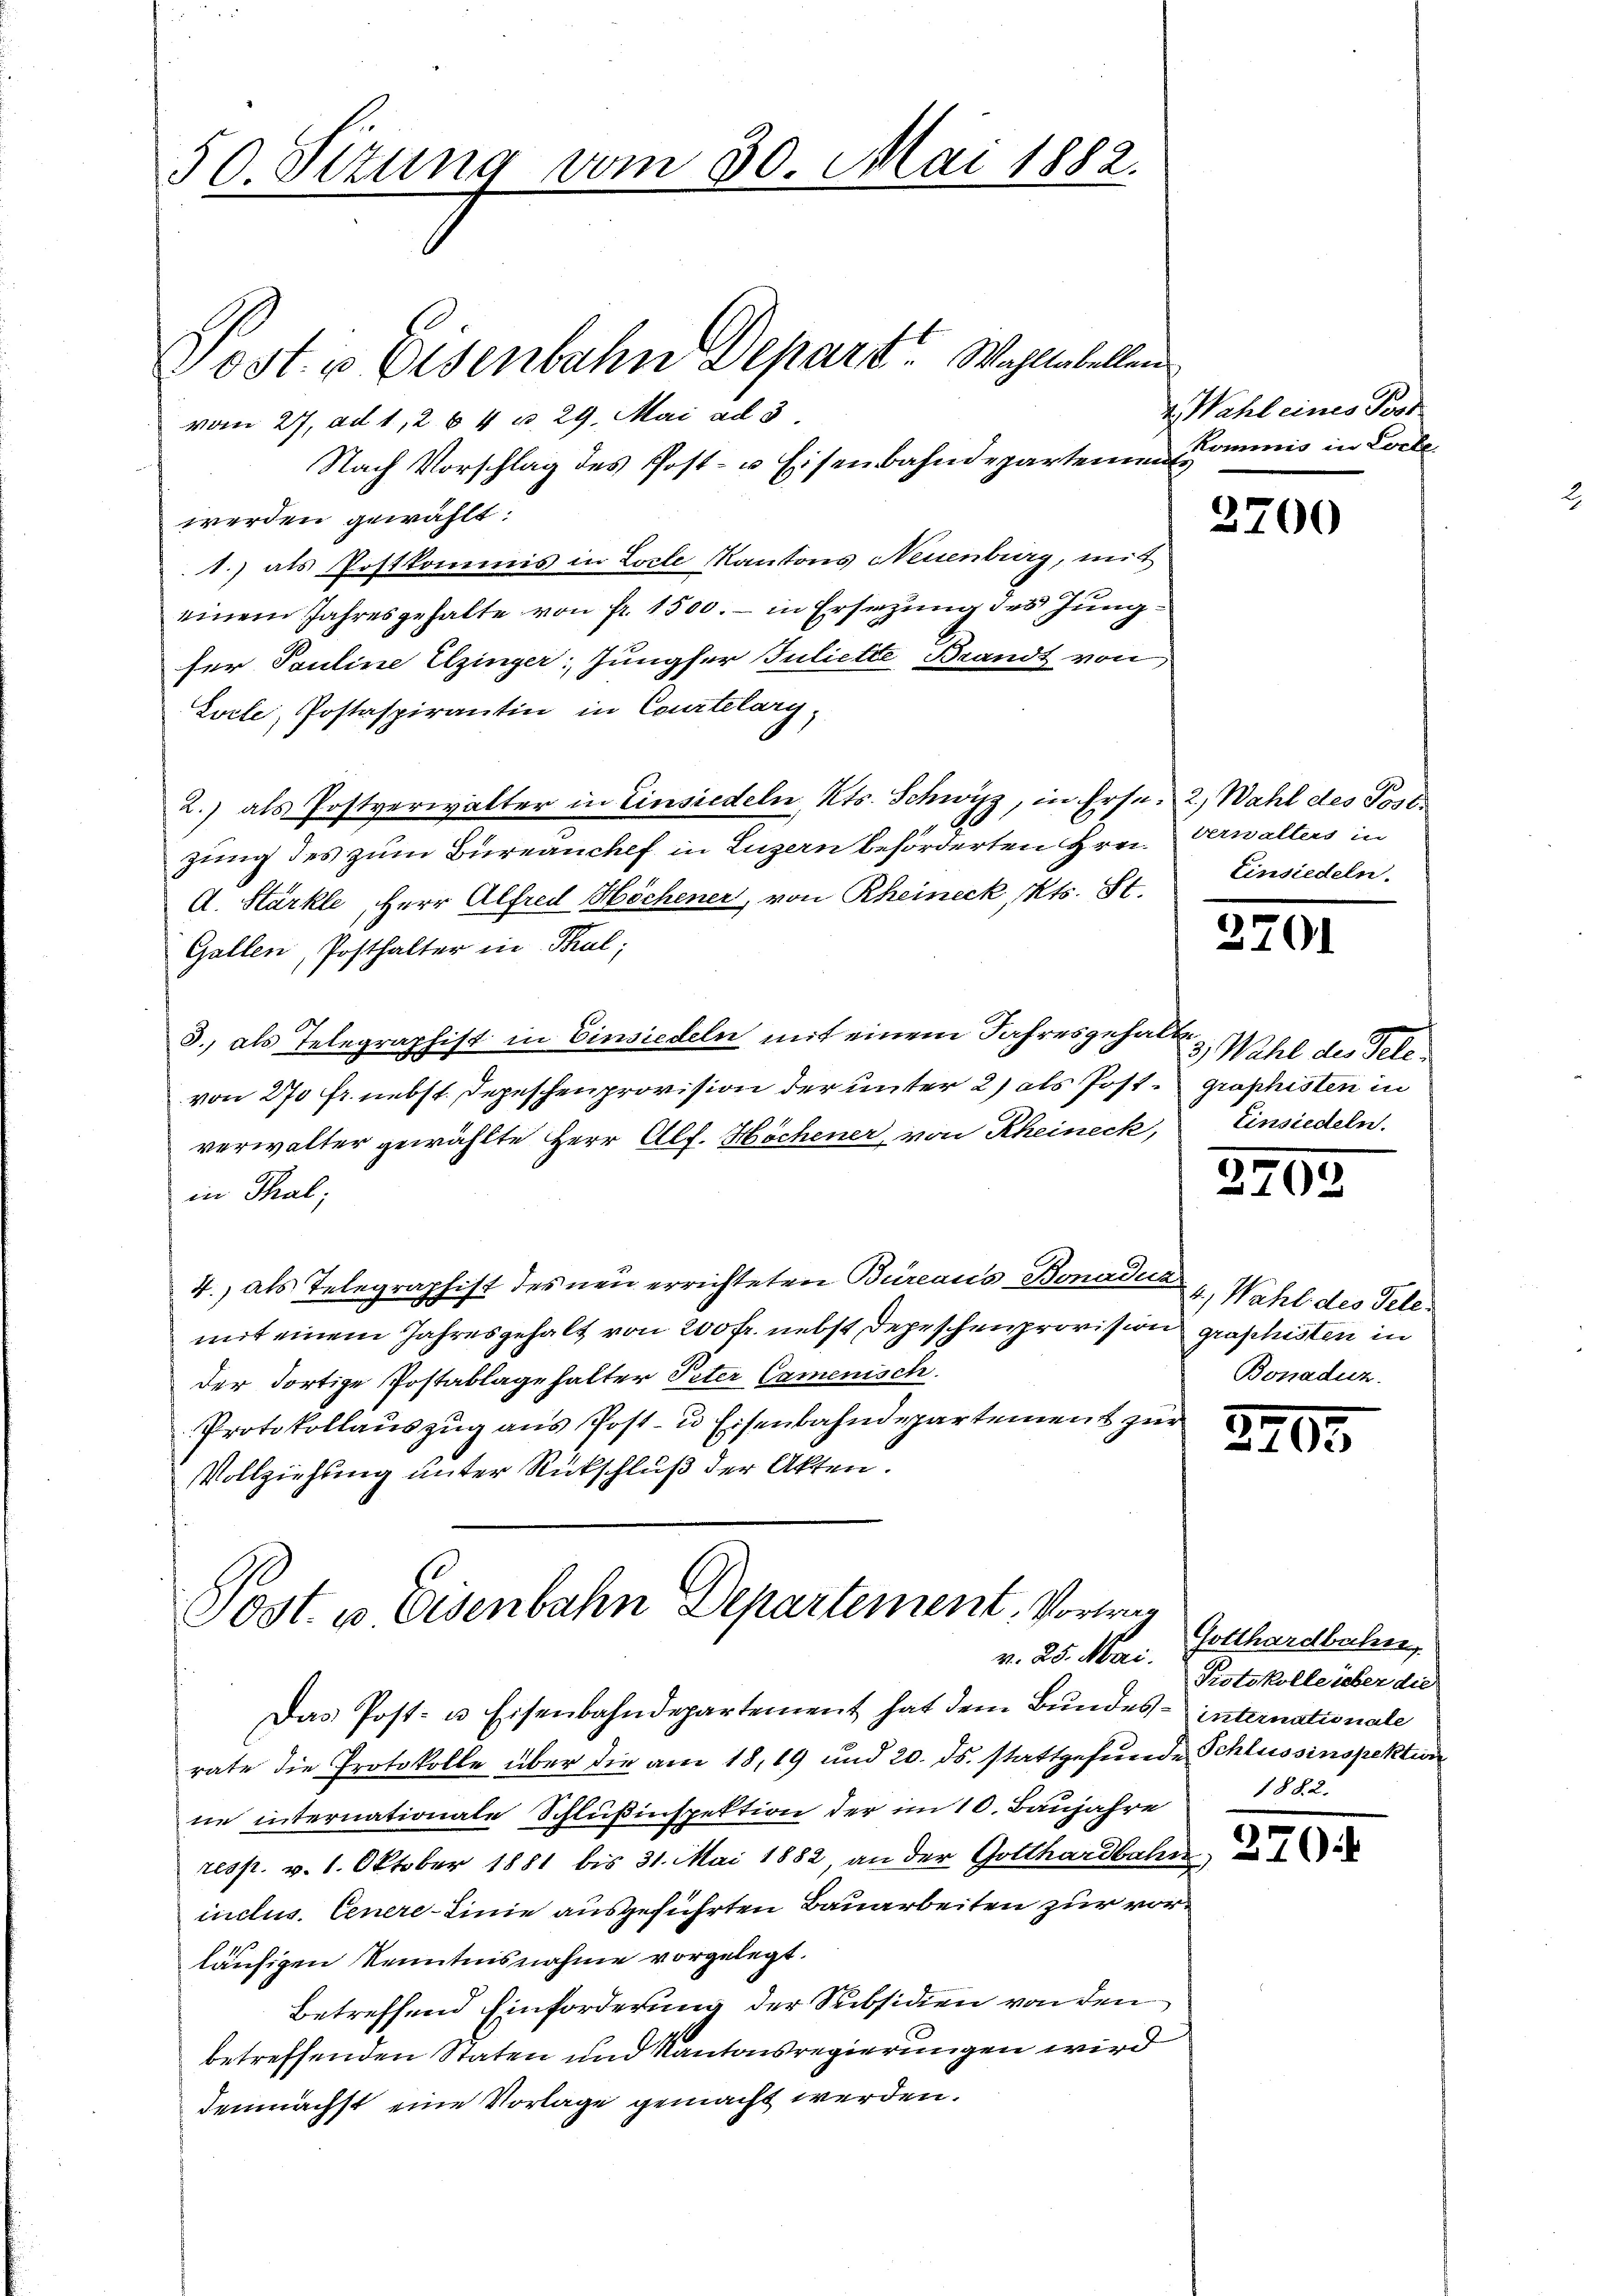
50. Sizung vom 30. Mai 1882.

Post. u. Eisenbahn Separt. Wahltabellen
vom 27. ad 1,2 64 u. 29. Mai ad 3.
Nach Vorschlag des Post- u. Eisenbahndeparteien Commis in Loite
werden gewählt:
1.) als Postkommis in Loche Kantons Neuenburg, mit
einem Jahresgehalte von fr. 1500.- in Ersetzung des Jungser Pauline Elzinger; Jungfer Juliette Brandt von
Loele, Postaspirantin in Courtelary,
2.) als Postverwalter in Einsiedeln, Kts. Schwyz, in Erse¬
31
zung des zum Bureauchef in Luzern beforderten Grei¬
A. Stärkle, Herr Alfred Höchener, von Rheineck, Kts. St.
Gallen, Posthalter in Thal;
3. als Telegraphist in Einsiedeln mit einem Jahresgehalte
von 270 Fr. nebst, Depeschen provision der unter 2) als Postgraphisten in
verwalter gewählte Herr Allf. Höchener, von Rheineck, Einsiedeln.
in Thal;
4., als Telegraphist des neu errichteten Büreaus Bonadua
mit einem Jahresgehalt von 200 fr. nebst Depeschenprovision groshisten in
der dortige Postablagehalter Peter Camenisch.
Protokollauszug aus Post- u Eisenbahndepartement zur
Vollziehung unter Rückschluß der Akten.
Post. es Eisenbahn Departement, Vorweg

v. 28. Mai.

v. Wahl eines Test

Das Post- u. Eisenbahndepartement hat dem Bundes- internationale
rate die Protokolle über die am 18, 19 und 20. ds. stattgefunde Schlussinspektion
ne internationale Schlußinspektion der im 10. Baujahre
resp. v. 1. Oktober 1881 bis 31. Mai 1882 an der Gotthardbahn
inclus. Cenere-Linie ausgeführten Bauarbeiten zur vorläufigen Kenntnisnahme vorgelegt.
betreffend Einforderung der Subsidien von den
betreffenden Staten und Kantonsregierungen wird
demnächst eine Vorlage gemacht werden.

3700

2) Wahl des Post
verwalten in
Einsiedeln.

2701

3.) Wahl des Tele¬

2702

6.) Wahl des Tell
Bonaduz

3.

33.

Gotthardbahn.
Protokolle über die
1882.

270.